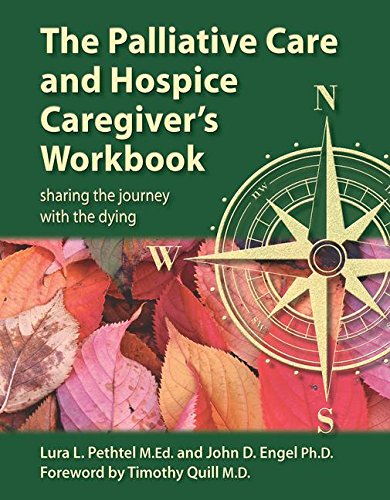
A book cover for The Palliative Care and Hospice Caregiver's Workbook: Sharing the Journey with the Dying; Lura L. Pethtel; Self-Help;